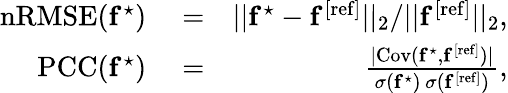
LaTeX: \begin{array}{rlr}{\mathrm{nRMSE}(\mathbf{f}^{\star})}&{{}=}&{||\mathbf{f}^{\star}-\mathbf{f}^{\mathrm{[ref]}}||_{2}/||\mathbf{f}^{\mathrm{[ref]}}||_{2},}\\ {\mathrm{PCC}(\mathbf{f}^{\star})}&{{}=}&{\frac{\vert\mathrm{Cov(\mathbf{f}^{\star},\mathbf{f}^{\mathrm{[ref]}})\vert}}{\sigma(\mathbf{f}^{\star})\, \sigma(\mathbf{f}^{\mathrm{[ref]}})},}\end{array}